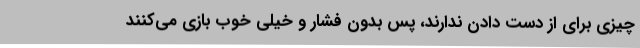
چیزی برای از دست دادن ندارند، پس بدون فشار و خیلی خوب بازی می‌کنند